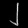
Digit: ၂